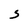
Character: S